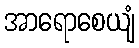
အာရောစေယျံ